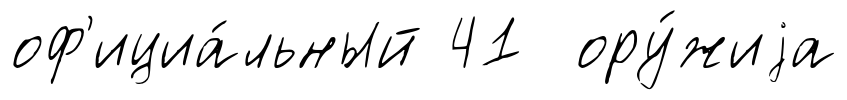
оф'ициа́льный 41 ору́жиjа